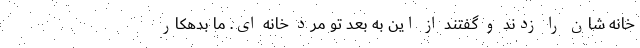
خانه شان را زدند و گفتند از این به بعد تو مرد خانه ای. ما بدهکار